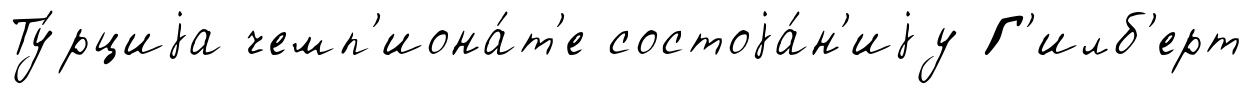
Ту́рциjа чемп'иона́т'е состоjа́н'иjу Г'илб'ерт